Annual vaccination report of Bihar and Orissa - 1911-1928
Year: 1911
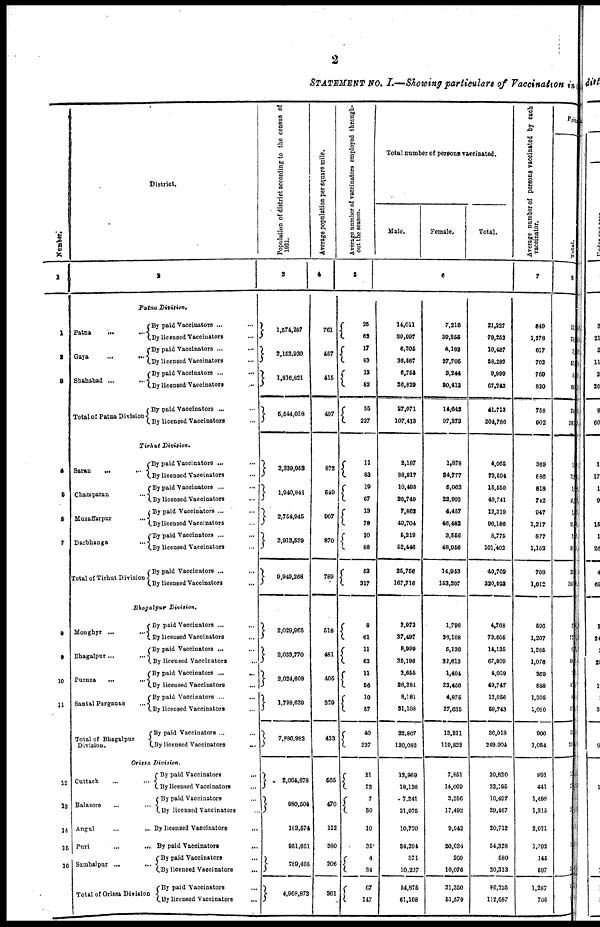
2
STATEMENT No. I.—Showing particulars of Vaccination in the
Number.
1
1
2
3
4
5
6
7
8
9
10
11
12
13
14
15
16
District.
2
Patna Division.
Patna
...
Gaya
...
Shahabad ...
Total of Patna Division
By paid Vaccinators... ...
By licensed Vaccinators... ...
By paid Vaccinators ...
By licensed Vaccinators...
By paid Vaccinators ...
By licensed
Vaccinators...
By paid Vaccinators ... ...
By licensed Vaccinators...
Tirhut Division.
Saran
...
Champaran...
Muzaffarpur...
Darbhanga
Total of Tirhut Division
By paid Vaccinators ...
By licensed Vaccinators...
By paid Vaccinators ...
By licensed Vaccinators...
By paid Vaccinators ...
By licensed Vaccinators...
By paid Vaccinators ...
By licensed Vaccinators...
By paid Vaccinators ...
By licensed
Vaccinators...
Bhagalpur Division.
Monghyr
...
Bhagalpur... ...
Purnea...
Santal Parganas...
Total of Bhagalpur
Division.
By paid Vaccinators ...
By licensed Vaccinators...
By paid Vaccinators ...
By licensed
Vaccinators...
By paid Vaccinators
....
By licensed
Vaccinators...
By paid Vaccinators ...
...
By licensed Vaccinators...
By paid Vaccinators ...
By licensed
Vaccinators...
Orissa Division.
Cuttack...
Balasore...
Angul...
Puri...
Sambalpur
...
Total of Orissa Division.
By paid
Vaccinators...
...
By licensed Vaccinators...
By paid Vaccinators...
By licensed Vaccinators...
By licensed Vaccinators...
By paid
Vaccinators...
By paid Vaccinators...
By licensed
Vaccinators...
By paid
Vaccinators...
By licensed
Vaccinators...
Population of district according to the census of
1921.
3
1,574,287
2,152,930
1,816,821
5,544,038
2,339,958
1,940,841
2,754,945
2,913,529
9,949,268
2,029,965
2,033,770
2,024,608
1,798,639
7,886,982
2,064,678
980,504
182,574
951,651
789,466
4,968,873
Average population per square mile.
4
761
457
415
497
872
549
907
870
789
518
481
405
329
423
565
470
112
380
206
361
Average number of vaccinators employed through-
out the season.
5
25
62
17
83
13
82
55
227
11
83
19
67
13
79
10
88
53
317
8
61
11
63
11
56
10
57
40
237
21
73
7
30
10
35
4
34
67
147
Total number of persons vaccinated.
Male.
Female.
Total.
6
14,011
39,997
6,305
36,587
6,755
36,829
27,071
107,413
2,187
38,817
10,488
26,749
7,862
49,704
5,219
52,446
25,756
167,716
2,972
37,497
8,999
35,196
2,655
26,281
8,181
31,108
22,807
130,082
12,969
18,126
7,241
21,975
10,770
34,294
371
10,237
54,875
61,108
7,216
39,255
4,182
27,706
3,244
30,413
14,642
97,373
1,878
34,777
5,062
22,992
4,457
46,482
3,556
48,956
14,953
153,207
1,796
36,108
5,136
32,613
1,404
23,466
4,875
27,035
13,211
119,832
7,851
14,069
3,256
17,492
9,642
20,034
209
10,076
31,350
51,579
21,227
79,252
10,487
58,292
9,999
67,242
41,713
204,786
4,065
73,594
15,550
49,741
12,319
96,186
8,775
101,402
40,709
320,923
4,768
73,605
14,135
67,809
4,059
49,747
13,056
58,743
36,018
249,904
20,820
32,195
10,497
39,467
20,712
54,328
580
20,313
86,325
112,687
Average number of persons vaccinated by each
vaccinator.
7
849
1,278
617
702
769
820
758
902
369
886
818
712
947
1,217
877
1,152
768
1,012
596
1,207
1,285
1,076
369
888
1,305
1,090
900
1,054
991
441
1,499
1,315
2,071
1,293
145
597
1,287
766
Prim
Total.
8
11
78
7
57
1
64
24
200
1
72
2
41
3
9
3
95
22
305
2
72
6
64
1
0
1
5
15
23
2
5
2
1
9
5